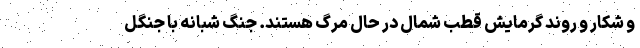
و شکار و روند گرمایش قطب شمال در حال مرگ هستند. جنگ شبانه با جنگل